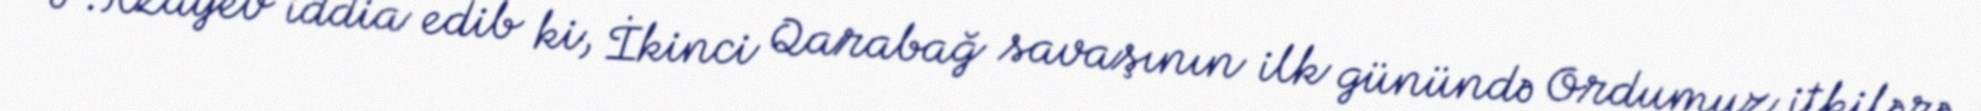
F.Rzayev iddia edib ki, İkinci Qarabağ savaşının ilk günündə Ordumuz itkilərə